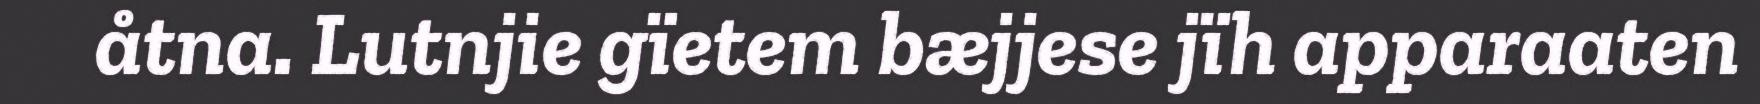
åtna. Lutnjie gïetem bæjjese jïh apparaaten